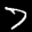
Label: 7